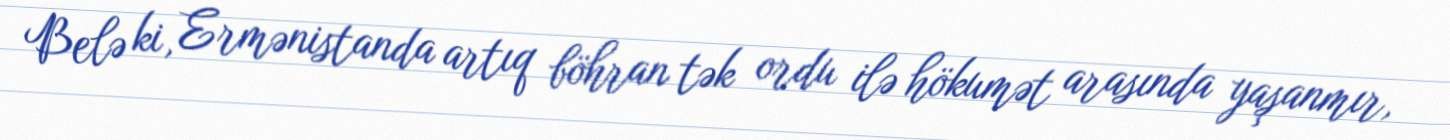
Belə ki, Ermənistanda artıq böhran tək ordu ilə hökumət arasında yaşanmır,